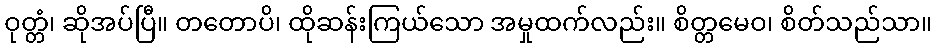
ဝုတ္တံ၊ ဆိုအပ်ပြီ။ တတောပိ၊ ထိုဆန်းကြယ်သော အမှုထက်လည်း။ စိတ္တမေဝ၊ စိတ်သည်သာ။